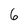
Character: 6